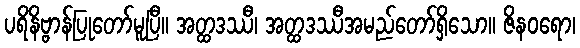
ပရိနိဗ္ဗာန်ပြုတော်မူပြီ။ အတ္ထဒဿီ၊ အတ္ထဒဿီအမည်တော်ရှိသော။ ဇိနဝရော၊